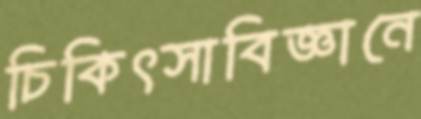
চিকিৎসাবিজ্ঞানে